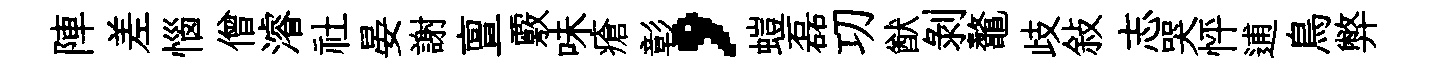
陣差惱僧濬社晏謝亶覈味瘡彰，螘磊㓛猷剥鼇歧敍志哭怦逋鳥弊